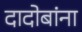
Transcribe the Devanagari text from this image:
दादोबांना